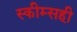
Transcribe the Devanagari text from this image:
स्कीम्सही